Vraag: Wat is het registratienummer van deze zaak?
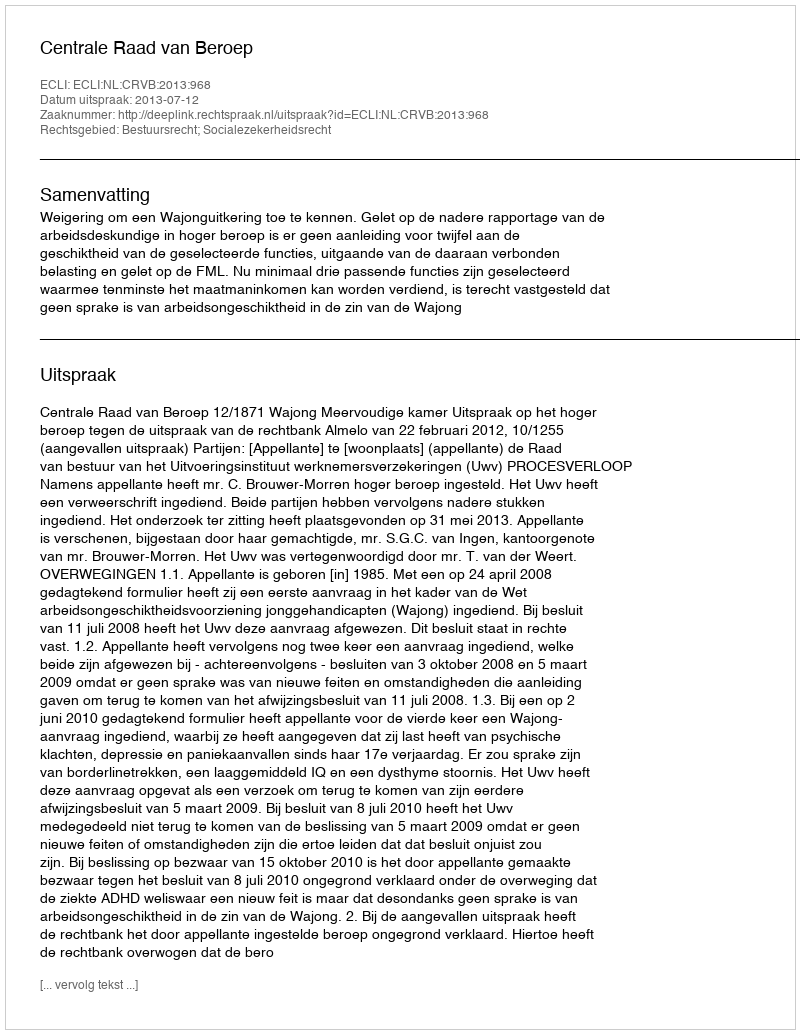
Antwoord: http://deeplink.rechtspraak.nl/uitspraak?id=ECLI:NL:CRVB:2013:968